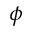
\phi